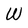
Character: W